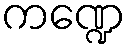
ကဏ္ဍေ